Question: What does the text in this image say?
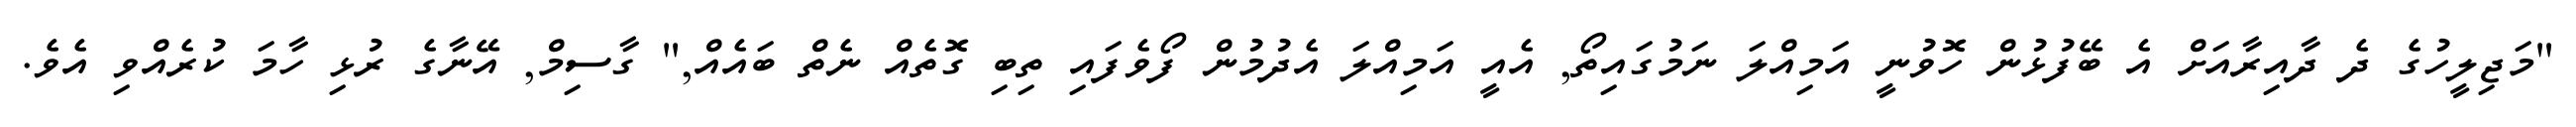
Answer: "މަޖިލީހުގެ ދެ ދާއިރާއަށް އެ ބޭފުޅުން ހޮވުނީ އަމިއްލަ ނަމުގައިތޯ, އެއީ އަމިއްލަ އެދުމުން ފޯވެފައި ތިބި ގޮތެއް ނެތް ބައެއް," ގާސިމް, އޭނާގެ ރުޅި ހާމަ ކުރެއްވި އެވެ.